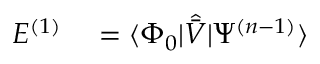
\begin{array} { r l } { E ^ { ( 1 ) } } & { { } = \langle \Phi _ { 0 } | \hat { \bar { V } } | \Psi ^ { ( n - 1 ) } \rangle } \end{array}